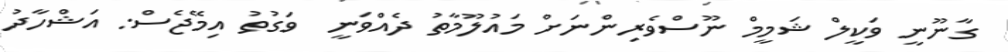
ގާނޫނީ ވަކީލް ޝަމީމް ނޫސްވެރިންނަށް މައުލޫމާތު ދެއްވަނީ  ވަގުތު އިމޭޖެސް: އަޝްހާދު